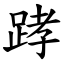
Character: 踍